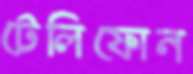
টেলিফোন